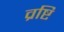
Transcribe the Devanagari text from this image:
व्रष्टि